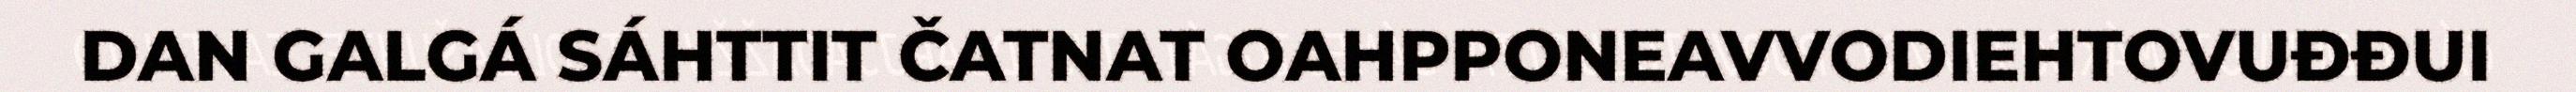
DAN GALGÁ SÁHTTIT ČATNAT OAHPPONEAVVODIEHTOVUĐĐUI